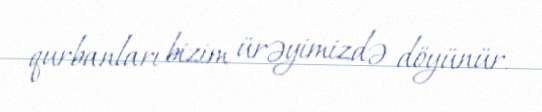
qurbanları bizim ürəyimizdə döyünür.